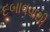
દબાવવાથી